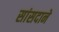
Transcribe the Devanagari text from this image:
सांसदाने